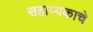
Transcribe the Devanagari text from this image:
सहाय्यकाचे